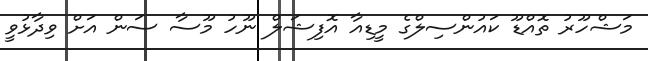
މަޝްހޫރު ތޮއްޑޫ ކައުންސިލްގެ މީޑިއާ އޮފިޝަލް ނޫހު މޫސާ ސަން އަށް ވިދާޅުވީ